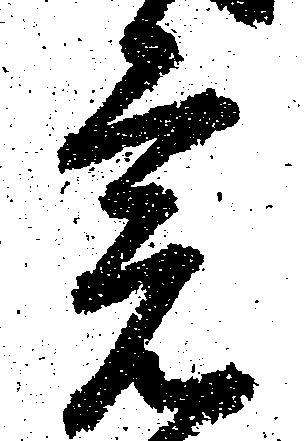
宍